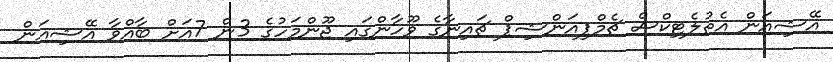
އޭޝިއަން އެތުލެޓިކްސް ޗެމްޕިއަންޝިޕް ޗައިނާގެ ވޫހާންގައި ޖޫންމަހުގެ 3ން 7އަށް ބާއްވާ އޭޝިއަން